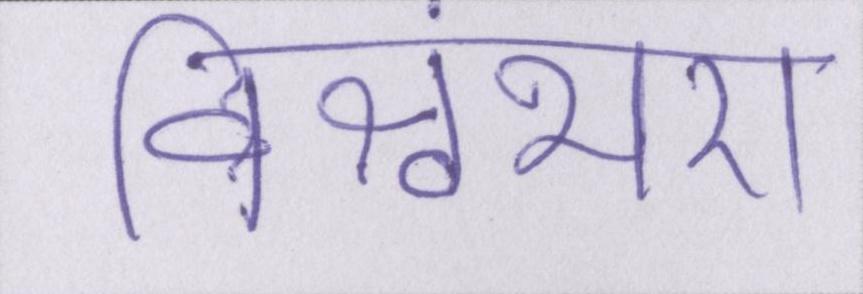
विश्वंभरा